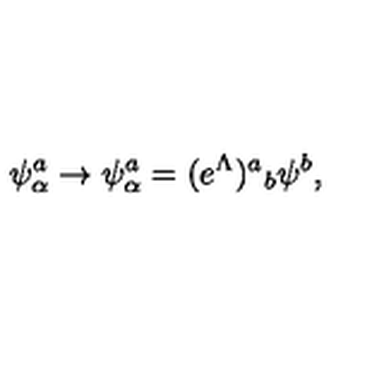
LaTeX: \psi _ { \alpha } ^ { a } \rightarrow \psi _ { \alpha } ^ { a } = ( e ^ { \Lambda } ) { } ^ { a } { } _ { b } \psi ^ { b } ,